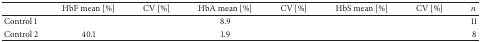
<table><thead><tr><td>[EMPTY_CELL]</td><td><b>HbF mean [%]</b></td><td><b>CV [%]</b></td><td><b>HbA mean [%]</b></td><td><b>CV [%]</b></td><td><b>HbS mean [%]</b></td><td><b>CV [%]</b></td><td><b><i>n</i></b></td></tr></thead><tbody><tr><td>Control 1</td><td>[EMPTY_CELL]</td><td>[EMPTY_CELL]</td><td>8.9</td><td>[EMPTY_CELL]</td><td>[EMPTY_CELL]</td><td>[EMPTY_CELL]</td><td>11</td></tr><tr><td>Control 2</td><td>40.1</td><td>[EMPTY_CELL]</td><td>1.9</td><td>[EMPTY_CELL]</td><td>[EMPTY_CELL]</td><td>[EMPTY_CELL]</td><td>8</td></tr></tbody></table>